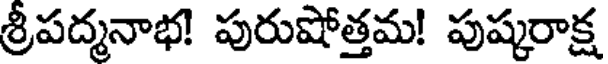
శ్రీపద్మనాభ! పురుషోత్తమ! పుష్కరాక్ష